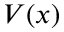
V ( x )